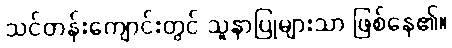
သင်တန်းကျောင်းတွင် သူနာပြုများသာ ဖြစ်နေ၏။